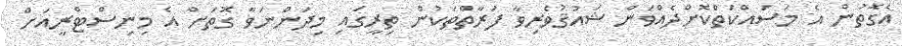
އެގޮތުން އެ މަސައްކަތްކޮށްދެެއްވަން ޝައުޤުވެރިވާ ފަރާތްތަކުން ތިރީގައި މިދަންނަވާ ގޮތަށް އެ މިނިސްޓްރީއަށް